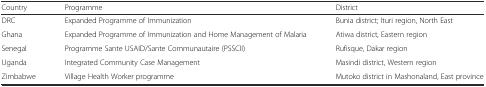
<table><thead><tr><td><b>Country</b></td><td><b>Programme</b></td><td><b>District</b></td></tr></thead><tbody><tr><td>DRC</td><td>Expanded Programme of Immunization</td><td>Bunia district; Ituri region, North East</td></tr><tr><td>Ghana</td><td>Expanded Programme of Immunization and Home Management of Malaria</td><td>Atiwa district, Eastern region</td></tr><tr><td>Senegal</td><td>Programme Sante USAID/Sante Communautaire (PSSCII)</td><td>Rufisque, Dakar region</td></tr><tr><td>Uganda</td><td>Integrated Community Case Management</td><td>Masindi district, Western region</td></tr><tr><td>Zimbabwe</td><td>Village Health Worker programme</td><td>Mutoko district in Mashonaland, East province</td></tr></tbody></table>